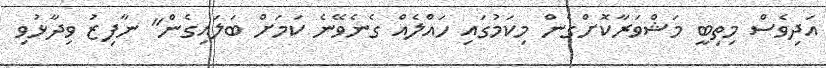
އަދިވެސް މިތިބީ މަޝްވަރާކޮށްގެން މިކަމުގައި ހައްލެއް ގެނެވޭނެ ކަމަށް ބަލައިގެން" ނާފިޒު ވިދާޅުވި